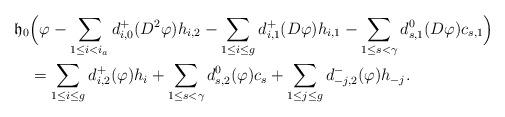
LaTeX: \begin{align*}\mathfrak{h}_{0}&\Big(\varphi-\sum_{1\leq i<i_a}d^+_{i,0}(D^2\varphi)h_{i,2}-\sum_{1\leq i\leq g}d^+_{i,1}(D\varphi)h_{i,1}-\sum_{1\leq s<\gamma}d^0_{s,1}(D\varphi)c_{s,1}\Big)\\& = \sum_{1\leq i\leq g}d^+_{i,2}(\varphi)h_i+\sum_{1\leq s<\gamma}d^0_{s,2}(\varphi)c_s+\sum_{1\leq j\leq g}d^-_{-j,2}(\varphi)h_{-j}.\end{align*}